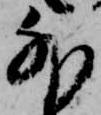
外